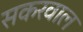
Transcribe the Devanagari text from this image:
सकरवाल